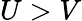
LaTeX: U>V